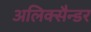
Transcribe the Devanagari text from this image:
अलिक्सैन्डर